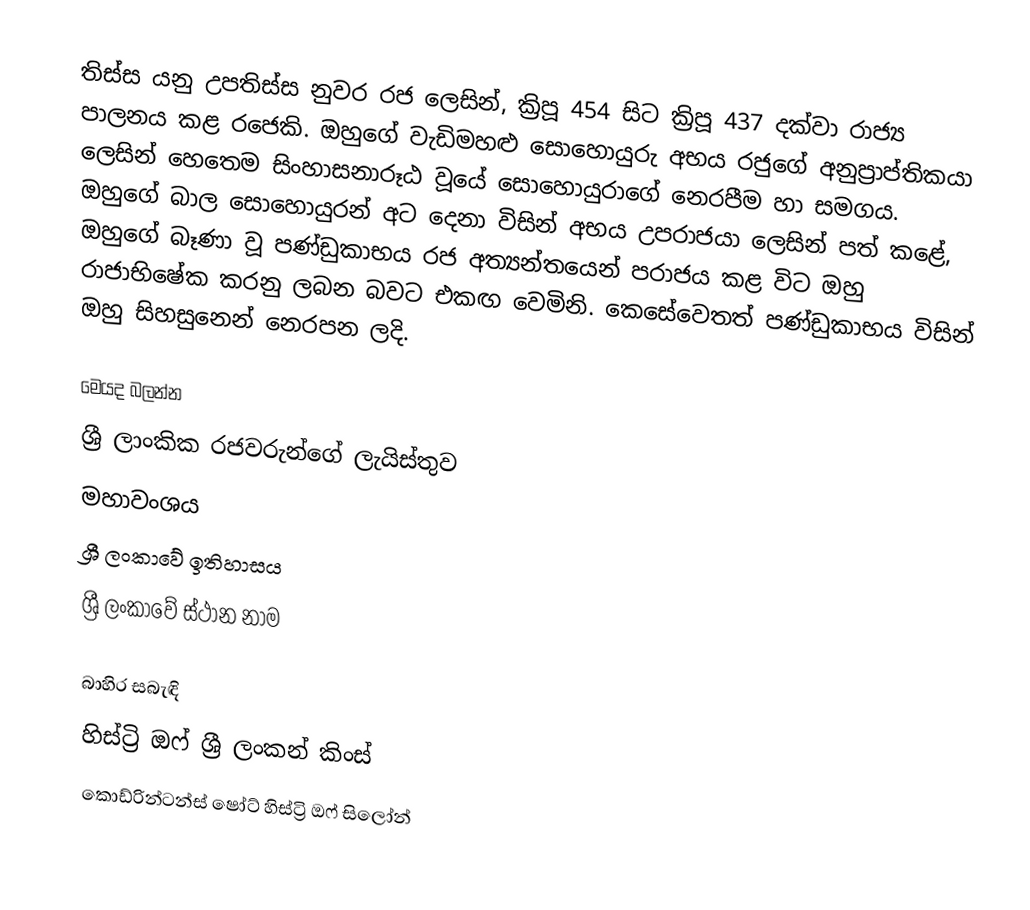
තිස්ස යනු  උපතිස්ස නුවර රජ ලෙසින්, ක්‍රිපූ  454 සිට ක්‍රිපූ 437 දක්වා රාජ්‍ය පාලනය කළ රජෙකි. ඔහුගේ වැඩිමහළු සොහොයුරු අභය රජුගේ අනුප්‍රාප්තිකයා ලෙසින් හෙතෙම සිංහාසනාරූඨ වූයේ සොහොයුරාගේ  නෙරපීම හා සමගය. ඔහුගේ බාල සොහොයුරන් අට දෙනා විසින් අභය උපරාජයා ලෙසින් පත් කළේ, ඔහුගේ බෑණා වූ  පණ්ඩුකාභය රජ අත්‍යන්තයෙන් පරාජය කළ විට ඔහු රාජාභිෂේක කරනු ලබන බවට එකඟ වෙමිනි.  කෙසේවෙතත් පණ්ඩුකාභය විසින් ඔහු සිහසුනෙන් නෙරපන ලදි.

මෙයද බලන්න
 ශ්‍රී ලාංකික රජවරුන්ගේ ලැයිස්තුව
 මහාවංශය
 ශ්‍රී ලංකාවේ ඉතිහාසය
 ශ්‍රී ලංකාවේ ස්ථාන නාම

බාහිර සබැඳි
 හිස්ට්‍රි ඔෆ් ශ්‍රී ලංකන් කිංස්
 කොඩ්රින්ටන්ස් ෂෝට් හිස්ට්‍රි ඔෆ් සිලෝන්